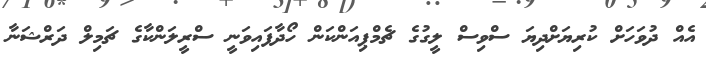
އެއް ދުވަހަށް ކުރިޔަށްދިޔަ ސްވިސް ލީގުގެ ޗެމްޕިއަންކަން ހޯދާފައިވަނީ ސްރީލަންކާގެ ޗަމިލް ދަރްޝަނާ